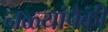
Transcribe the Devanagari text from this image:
नळ्यांपैकी